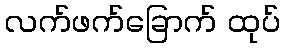
လက်ဖက်ခြောက် ထုပ်